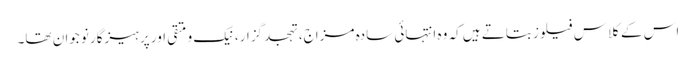
اس کے کلاس فیلوز بتاتے ہیں کہ وہ انتہائی سادہ مزاج، تہجد گزار، نیک و متقی اور پرہیزگار نوجوان تھا۔